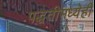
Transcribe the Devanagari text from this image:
पद्धतीमध्येही